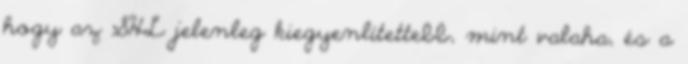
hogy az SHL jelenleg kiegyenlítettebb, mint valaha, és a